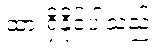
ထားရှိနိုင်ပါသည်